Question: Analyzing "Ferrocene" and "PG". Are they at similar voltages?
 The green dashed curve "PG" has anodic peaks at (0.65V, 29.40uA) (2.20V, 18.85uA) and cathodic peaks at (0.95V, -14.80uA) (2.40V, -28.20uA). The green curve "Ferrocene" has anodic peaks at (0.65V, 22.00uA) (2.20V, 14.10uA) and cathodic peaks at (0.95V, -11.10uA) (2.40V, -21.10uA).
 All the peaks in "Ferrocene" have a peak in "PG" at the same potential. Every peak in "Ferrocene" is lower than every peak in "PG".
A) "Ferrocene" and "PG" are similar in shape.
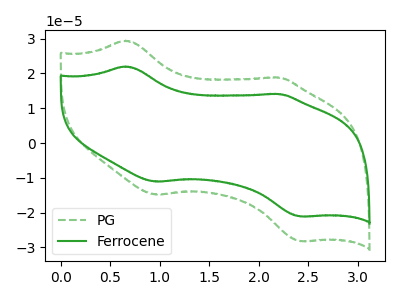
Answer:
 <answer>A) "Ferrocene" and "PG" are similar in shape.</answer>
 <eval>A</eval>